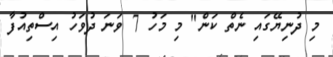
މި ދުނިޔޭގައި ނެތް ކަން" މި މަހު 7 ވަނަ ދުވަހު އިސްތިއުފާ